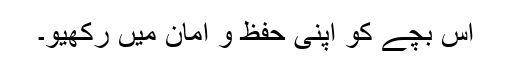
اس بچے کو اپنی حفظ و امان میں رکھیو۔